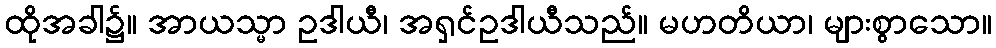
ထိုအခါ၌။ အာယသ္မာ ဥဒါယီ၊ အရှင်ဥဒါယီသည်။ မဟတိယာ၊ များစွာသော။